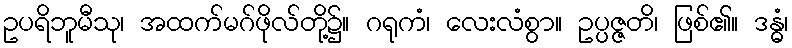
ဥပရိဘူမီသု၊ အထက်မဂ်ဖိုလ်တို့၌။ ဂရုကံ၊ လေးလံစွာ။ ဥပ္ပဇ္ဇတိ၊ ဖြစ်၏။ ဒန္ဓံ၊